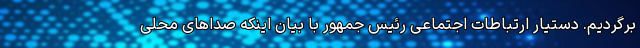
برگردیم. دستیار ارتباطات اجتماعی رئیس جمهور با بیان اینکه صداهای محلی